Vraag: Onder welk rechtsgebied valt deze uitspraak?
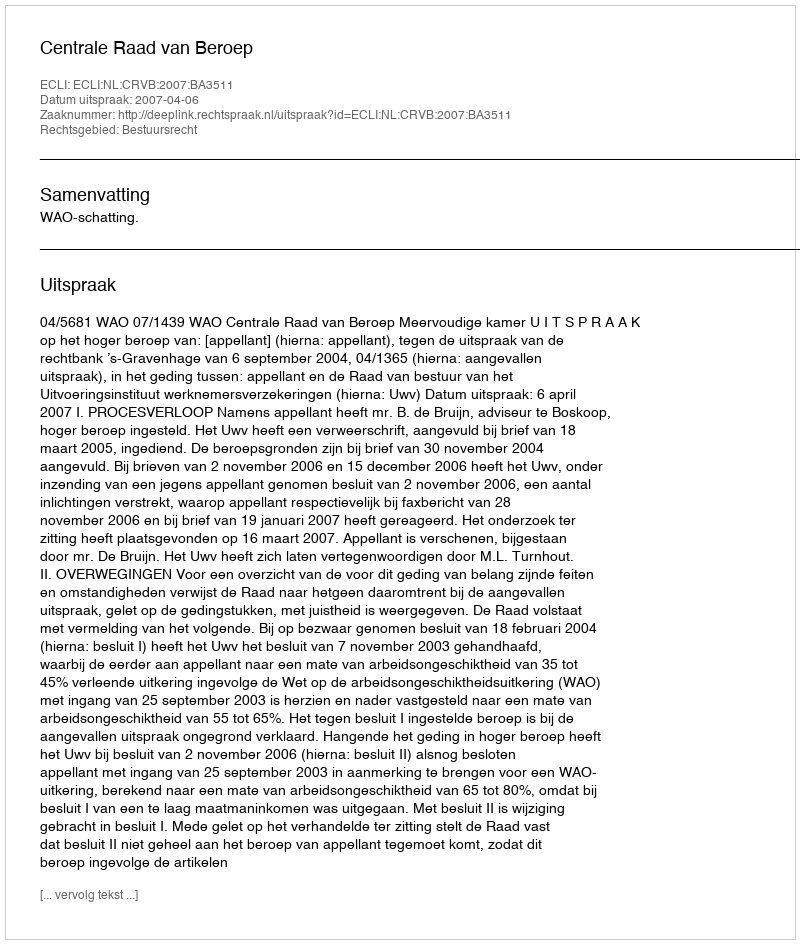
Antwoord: Bestuursrecht